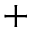
^ { + }